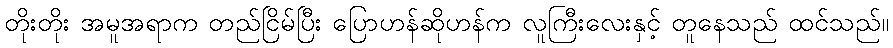
တိုးတိုး အမူအရာက တည်ငြိမ်ပြီး ပြောဟန်ဆိုဟန်က လူကြီးလေးနှင့် တူနေသည် ထင်သည်။